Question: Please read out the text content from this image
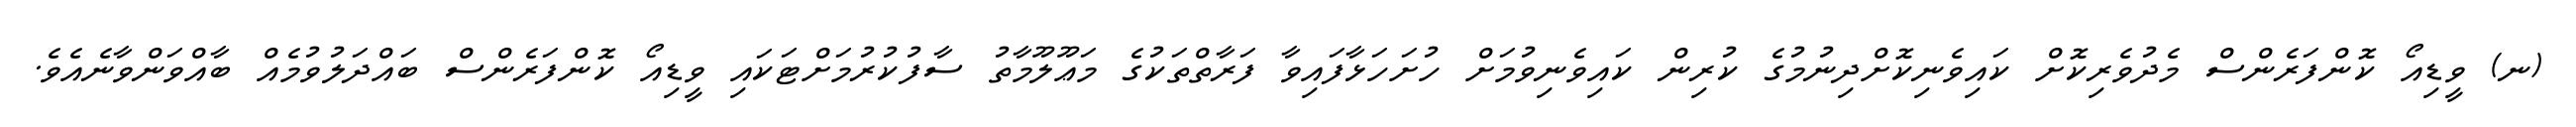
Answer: (ނ) ވީޑިއޯ ކޮންފަރެންސް މެދުވެރިކޮށް ކައިވެނިކޮށްދިނުމުގެ ކުރިން ކައިވެނިވުމަށް ހުށަހަޅާފައިވާ ފަރާތްތަކުގެ މަޢޫލޫމާތު ސާފުކުރުމަށްޓަކައި ވީޑިއޯ ކޮންފަރެންސް ބައްދަލުވުމެއް ބާއްވަންވާނެއެވެ.